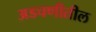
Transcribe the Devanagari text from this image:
अडचणीतील